Indian journal of veterinary science and animal husbandry - Volumes 18-21, 1948-1951
Year: 1948
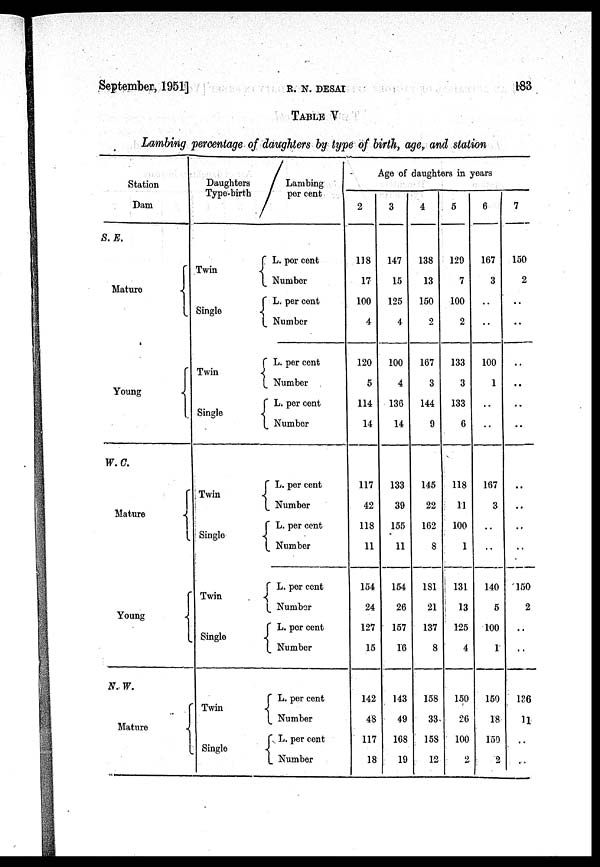
September, 1951]
R.
N.
DESAI
183
TABLE V
Lambing percentage of daughters by type of birth, age, and station
Station
Dam
S.E.
Mature
Young
W.C.
Mature
Young
N.W.
Mature
Daughters
Type-birth
Twin
Single
Twin
Single
Twin
Single
Twin
Single
Twin
Single
Lambing
per cent
L. per cent
Number
L. per cent
Number
L. per cent
Number
L. per cent
Number
L. per cent
Number
L. per cent
Number
L. per cent
Number
L. per cent
Number
L. per cent
Number
L. per cent
Number
Age of daughters in years
2
118
17
100
4
120
5
114
14
117
42
118
11
154
24
127
15
142
48
117
18
3
147
15
125
4
100
4
136
14
133
39
155
11
154
26
157
16
143
49
168
19
4
138
13
150
2
167
3
144
9
145
22
162
8
181
21
137
8
158
33
158
12
5
129
7
100
2
133
3
133
6
118
11
100
1
131
13
125
4
150
26
100
2
6
167
3
..
..
100
1
..
167
3
..
..
140
5
100
1
150
18
150
2
7
150
2
..
..
..
..
..
..
..
..
..
..
150
2
..
..
136
11
..
..